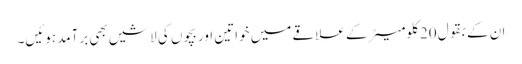
ان کے بقول 20 کلومیٹر کے علاقے میں خواتین اور بچوں کی لاشیں بھی برآمد ہوئیں۔